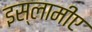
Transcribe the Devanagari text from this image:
इस्लामीए